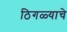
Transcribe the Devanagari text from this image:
ठिगळ्याचे